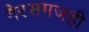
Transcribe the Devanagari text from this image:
गैरसमजही